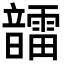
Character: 𩑆